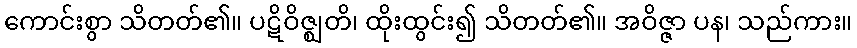
ကောင်းစွာ သိတတ်၏။ ပဋိဝိဇ္ဈတိ၊ ထိုးထွင်း၍ သိတတ်၏။ အဝိဇ္ဇာ ပန၊ သည်ကား။